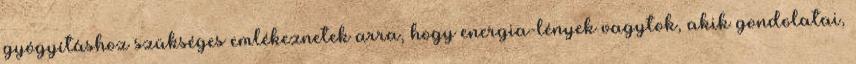
gyógyításhoz szükséges emlékeznetek arra, hogy energia-lények vagytok, akik gondolatai,